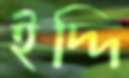
ইদ্দি